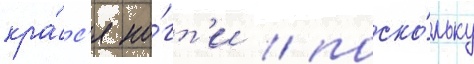
кра́с'я но́гт'и / поско́льку